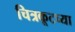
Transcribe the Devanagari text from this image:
चित्रकूटच्या